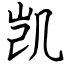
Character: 凯